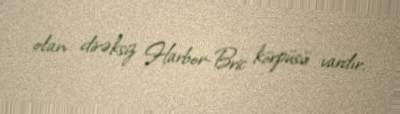
olan dirəksiz Harbor-Bric körpüsü vardır.